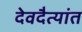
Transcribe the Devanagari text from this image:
देवदैत्यांत